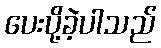
ပေးပို့ခဲ့ပါသည်